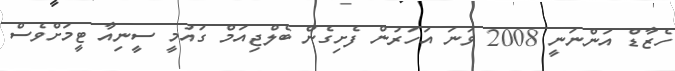
ހެޒާޑް އަންނަނީ 2008 ވަނަ އަހަރުން ފެށިގެން ބެލްޖިއަމް ގައުމީ ސީނިއާ ޓީމަށްވެސް